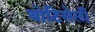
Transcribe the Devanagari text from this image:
बोटिसेली